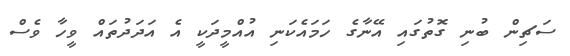
ސަޗިން ބުނި ގޮތުގައި އޭނާގެ ހަމައެކަނި އުއްމީދަކީ އެ އަދަދުތައް ވީހާ ވެސް